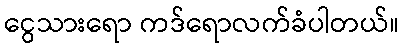
ငွေသားရော ကဒ်ရောလက်ခံပါတယ်။